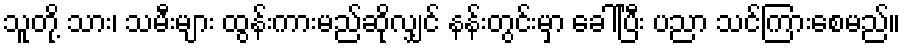
သူတို့ သား၊ သမီးများ ထွန်းကားမည်ဆိုလျှင် နန်းတွင်းမှာ ခေါ်ပြီး ပညာ သင်ကြားစေမည်။